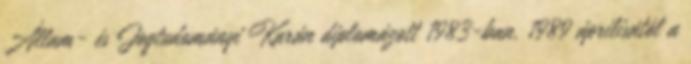
Állam- és Jogtudományi Karán diplomázott 1983-ban. 1989 áprilisától a